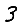
Digit: 3